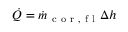
\dot { Q } = \dot { m } _ { \mathrm { ~ c ~ o ~ r ~ , ~ f ~ l ~ } } \Delta h